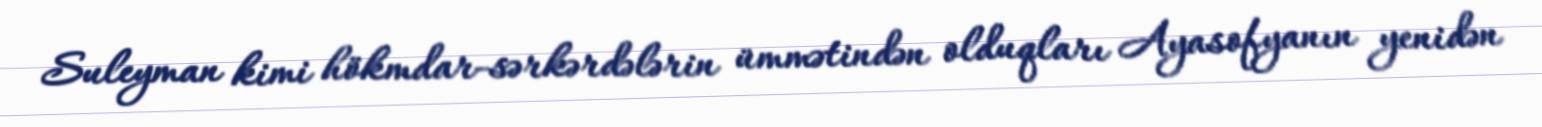
Suleyman kimi hökmdar-sərkərdələrin ümmətindən olduqları Ayasofyanın yenidən